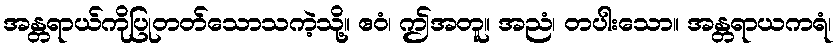
အန္တရာယ်ကိုပြုတတ်သောသကဲ့သို့။ ဧဝံ၊ ဤအတူ။ အညံ၊ တပါးသော။ အန္တရာယကရံ၊